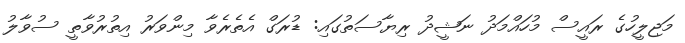
މަޖިލީހުގެ ރައީސް މުހައްމަދު ނަޝީދު ރިޔާސަތުގައި: ޑުރަގް އެތެރެވާ މިންވަރު އިތުރުވާތީ ސުވާލު